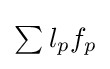
\textstyle \sum _{}l_{p}f_{p}